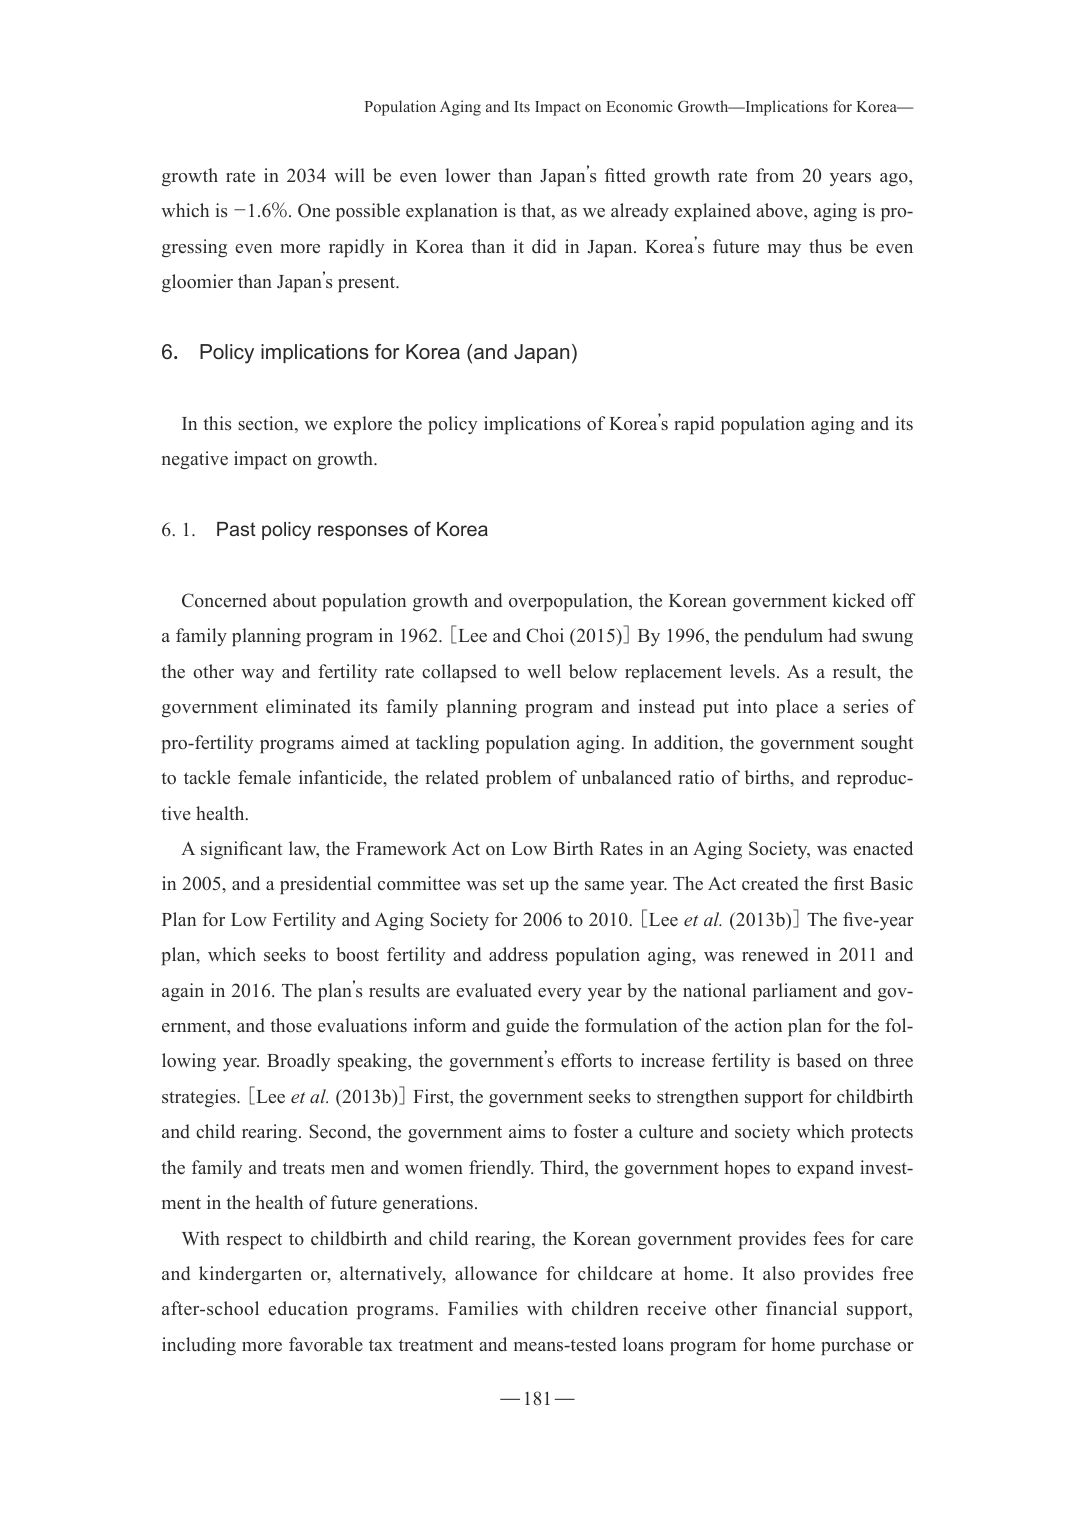
Population Aging and Its Impact on Economic Growth—Implications for Korea—

growth rate in 2034 will be even lower than Japan’s fitted growth rate from 20 years ago, which is −1.6%. One possible explanation is that, as we already explained above, aging is progressing even more rapidly in Korea than it did in Japan. Korea’s future may thus be even gloomier than Japan’s present.

6. Policy implications for Korea (and Japan)

In this section, we explore the policy implications of Korea’s rapid population aging and its negative impact on growth.

6.1. Past policy responses of Korea

Concerned about population growth and overpopulation, the Korean government kicked off a family planning program in 1962. [Lee and Choi (2015)] By 1996, the pendulum had swung the other way and fertility rate collapsed to well below replacement levels. As a result, the government eliminated its family planning program and instead put into place a series of pro-fertility programs aimed at tackling population aging. In addition, the government sought to tackle female infanticide, the related problem of unbalanced ratio of births, and reproductive health.

A significant law, the Framework Act on Low Birth Rates in an Aging Society, was enacted in 2005, and a presidential committee was set up the same year. The Act created the first Basic Plan for Low Fertility and Aging Society for 2006 to 2010. [Lee et al. (2013b)] The five-year plan, which seeks to boost fertility and address population aging, was renewed in 2011 and again in 2016. The plan’s results are evaluated every year by the national parliament and government, and those evaluations inform and guide the formulation of the action plan for the following year. Broadly speaking, the government’s efforts to increase fertility is based on three strategies. [Lee et al. (2013b)] First, the government seeks to strengthen support for childbirth and child rearing. Second, the government aims to foster a culture and society which protects the family and treats men and women friendly. Third, the government hopes to expand investment in the health of future generations.

With respect to childbirth and child rearing, the Korean government provides fees for care and kindergarten or, alternatively, allowance for childcare at home. It also provides free after-school education programs. Families with children receive other financial support, including more favorable tax treatment and means-tested loans program for home purchase or

— 181 —